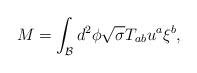
LaTeX: \begin{align*}M=\int_{\mathcal{B}}d^2\phi \sqrt{\sigma }T_{ab}u^a\xi ^b, \end{align*}